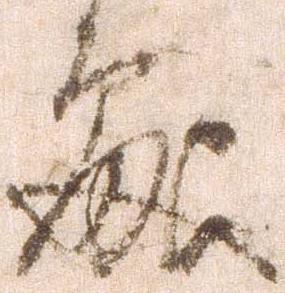
処